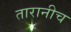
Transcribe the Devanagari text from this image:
तारानीच